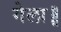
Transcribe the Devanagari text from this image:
गेला॥